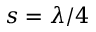
s = \lambda / 4